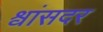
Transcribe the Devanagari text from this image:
श्वांसदर